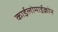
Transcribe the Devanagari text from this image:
काईलोमाईक्रोन